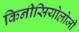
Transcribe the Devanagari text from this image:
किनीसियोलोजी